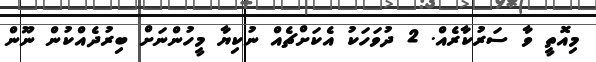
މިއޮތީ ވާ ސަރުކާރެއް. 2 ދުވަހަކު އެކަށްޗެއް ނުކިޔާ މީހުންނަށް ބިރުދެއްކުން ނޫން